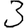
Digit: 3